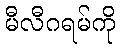
မီလီဂရမ်ကို